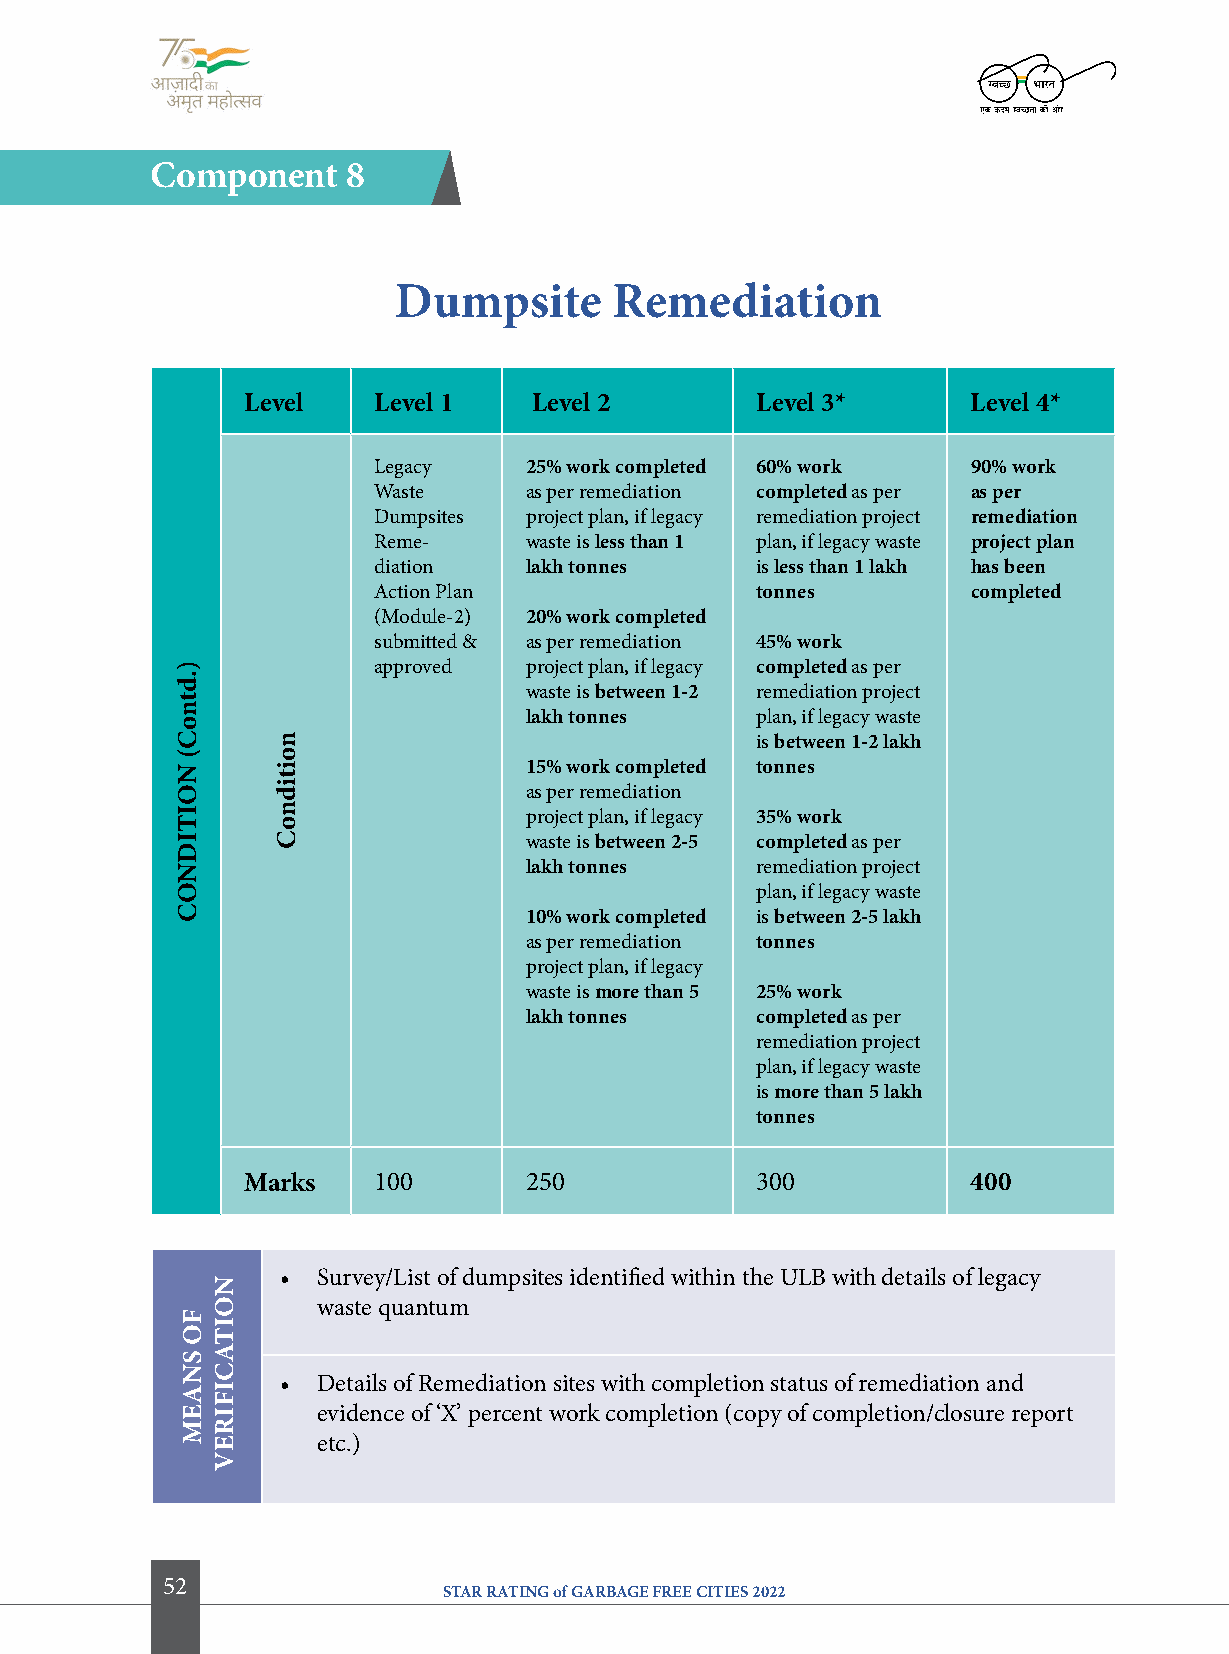
component    8
 Dumpsite       remediation
 level    level 1   level 2        level 3*      level 4*
 Legacy    25% work completed 60% work  90% work
 Waste     as per remediation completed as per as per
 Dumpsites project plan, if legacy remediation project remediation
 Reme-     waste is less than 1 plan, if legacy waste project plan
 diation   lakh tonnes    is less than 1 lakh has been
 Action Plan              tonnes        completed
 (Module-2) 20% work completed
 submitted & as per remediation 45% work
 approved  project plan, if legacy completed as per
 waste is between 1-2 remediation project
 lakh tonnes    plan, if legacy waste
 is between 1-2 lakh
 15% work completed tonnes
 as per remediation
 project plan, if legacy 35% work
 waste is between 2-5 completed as per
 lakh tonnes    remediation project
 plan, if legacy waste
 10% work completed is between 2-5 lakh
 as per remediation tonnes
 project plan, if legacy
 waste is more than 5 25% work
 lakh tonnes    completed as per
 remediation project
 plan, if legacy waste
 is more than 5 lakh
 tonnes
 Marks    100       250            300           400
 • Survey/List of dumpsites identified within the ULB with details of legacy
 waste quantum
 • Details of Remediation sites with completion status of remediation and
 evidence of ‘X’ percent work completion (copy of completion/closure report
 etc.)
 52
 STAR RATING of GARBAGE FREE CITIES 2022
 ).dtnoc(
 NoitiDNoc
 fo
 SNaeM
 NoitacifireV
 noitidnoc